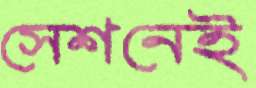
সেশনেই